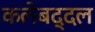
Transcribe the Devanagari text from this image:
कलेबद्दल